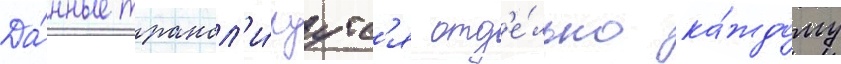
Да́нные трансл'и́руутс'я отд'е́льно ка́ждому